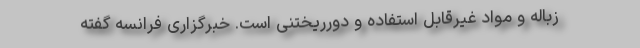
زباله و مواد غیرقابل استفاده و دورریختنی است. خبرگزاری فرانسه گفته